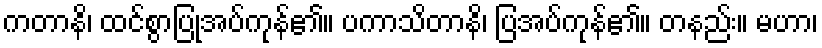
ကတာနိ၊ ထင်စွာပြုအပ်ကုန်၏။ ပကာသိတာနိ၊ ပြအပ်ကုန်၏။ တနည်း။ မဟာ၊